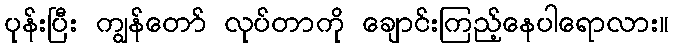
ပုန်းပြီး ကျွန်တော် လုပ်တာကို ချောင်းကြည့်နေပါရောလား။